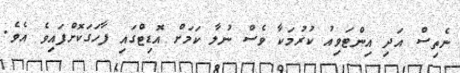
ނެތިސް އަދި އިންޓަވިއު ކުރުމަކާ ވެސް ނުލާ ކަމަށް އޮޑިޓްގައި ފާހަގަކޮށްފައިވެ އެވެ.